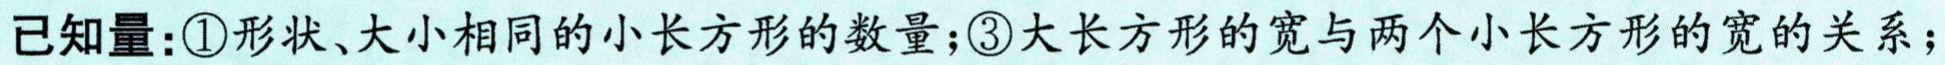
已知量：\textcircled{1}形状、大小相同的小长方形的数量；\textcircled{3}大长方形的宽与两个小长方形的宽的关系；